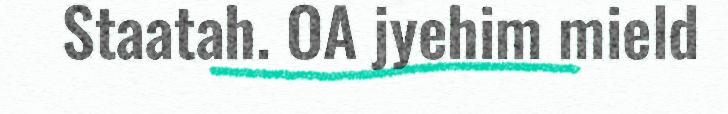
Staatah. OA jyehim mield